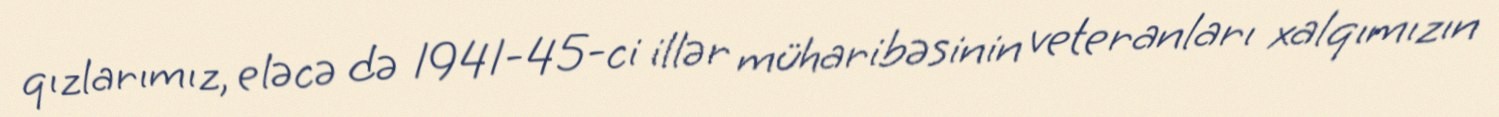
qızlarımız, eləcə də 1941-45-ci illər müharibəsinin veteranları xalqımızın